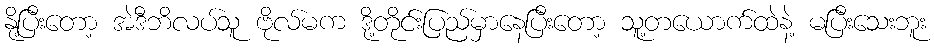
နို့ပြီးတော့ အဲဒီဘိလပ်သူ ဗိုလ်မက ဒို့တိုင်းပြည်မှာနေပြီးတော့ သူ့တယောက်ထဲနဲ့ မပြီးသေးဘူး